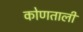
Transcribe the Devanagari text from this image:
कोणताली